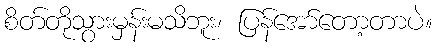
စိတ်တိုသွားမှန်းမသိဘူး၊ ပြန်အော်တော့တာပဲ။